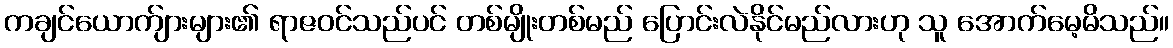
ကချင်ယောက်ျားများ၏ ရာဇဝင်သည်ပင် တစ်မျိုးတစ်မည် ပြောင်းလဲနိုင်မည်လားဟု သူ အောက်မေ့မိသည်။